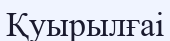
Қуырылғаі